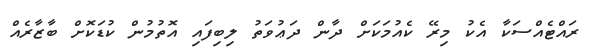
ރައްޓެއްސަކާ އެކު މިރޭ ކެއުމަކަށް ދާން ދަޢުވަތު ލިބިފައި އޮތުމުން ކުޑަކޮށް ބާޒާރެއް